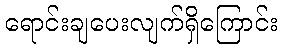
ရောင်းချပေးလျက်ရှိကြောင်း